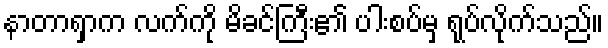
နာတာရှာက လက်ကို မိခင်ကြီး၏ ပါးစပ်မှ ရုပ်လိုက်သည်။